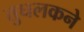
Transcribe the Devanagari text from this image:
तुघलकने